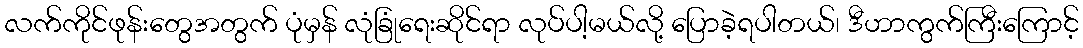
လက်ကိုင်ဖုန်းတွေအတွက် ပုံမှန် လုံခြုံရေးဆိုင်ရာ လုပ်ပါ့မယ်လို့ ပြောခဲ့ရပါတယ်၊ ဒီဟာကွက်ကြီးကြောင့်